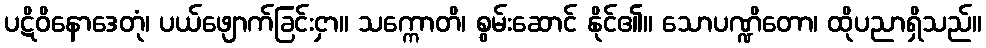
ပဋိဝိနောဒေတုံ၊ ပယ်ဖျောက်ခြင်းငှာ။ သက္ကောတိ၊ စွမ်းဆောင် နိုင်၏။ သောပဏ္ဍိတော၊ ထိုပညာရှိသည်။